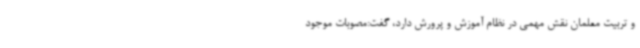
و تربیت معلمان نقش مهمی در نظام آموزش و پرورش دارد، گفت:مصوبات موجود